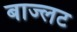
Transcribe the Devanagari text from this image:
बाज्लट